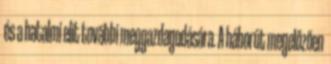
és a hatalmi elit további meggazdagodására. A háborút megelőzően